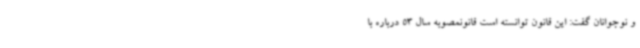
و نوجوانان گفت: این قانون توانسته است قانونمصوبه سال 53 درباره با